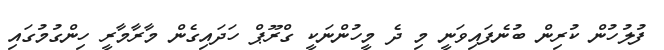
ފުލުހުން ކުރިން ބުނެފައިވަނީ މި ދެ މީހުންނަކީ ގްރޫޕް ހަދައިގެން މާރާމާރީ ހިންގުމުގައި